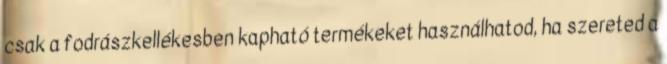
csak a fodrászkellékesben kapható termékeket használhatod, ha szereted a